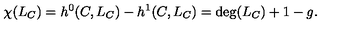
\chi ( L _ { C } ) = h ^ { 0 } ( C , L _ { C } ) - h ^ { 1 } ( C , L _ { C } ) = \deg ( L _ { C } ) + 1 - g .